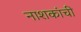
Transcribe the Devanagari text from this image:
नाशकांची